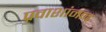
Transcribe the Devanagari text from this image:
प्रवाशांनाच